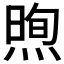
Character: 𪹕